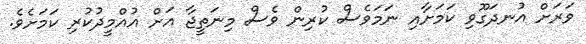
ވަރަށް އުނދަގޫވި ކަމަށާއި ނަމަވެސް ކުރިން ވެސް މިނަތީޖާ އަށް އުއްމީދުކުރި ކަމަށެވެ.